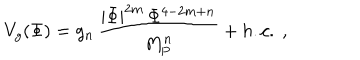
LaTeX: V _ { g } ( \Phi ) = g _ { n } \, { \frac { | \Phi | ^ { 2 m } \, \Phi ^ { 4 - 2 m + n } } { M _ { \mathrm { P } } ^ { n } } } + h . c . \ ,